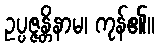
ဥပ္ပဇ္ဇန္တိနာမ၊ ကုန်၏။